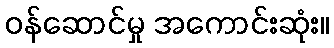
ဝန်ဆောင်မှု အကောင်းဆုံး။